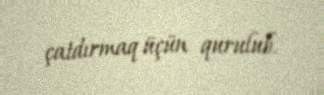
çatdırmaq üçün qurulub.